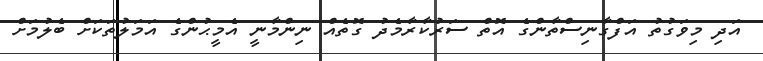
އަދި މިވަގުތު އަފްގާނިސްތާންގެ އޮތް ސަރުކާރާމެދު ގޮތެއް ނިންމާނީ އެމީޙުންގެ އަމަލުތަކަށް ބެލުމަށް